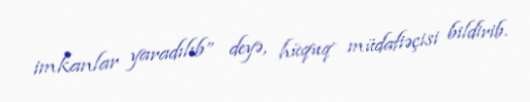
imkanlar yaradılıb” deyə, hüquq müdafiəçisi bildirib.